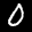
Label: 0